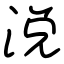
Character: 涚